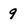
Character: 9